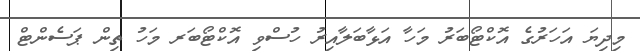
މިދިޔަ އަހަރުގެ އޮކްޓޯބަރު މަހާ އަޅާބަލާއިރު ހުސްވި އޮކްޓޯބަރ މަހު ތިން ޕަސެންޓް